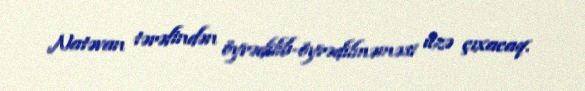
Natəvan tərəfindən öyrədilib-öyrədilməməsi üzə çıxacaq.